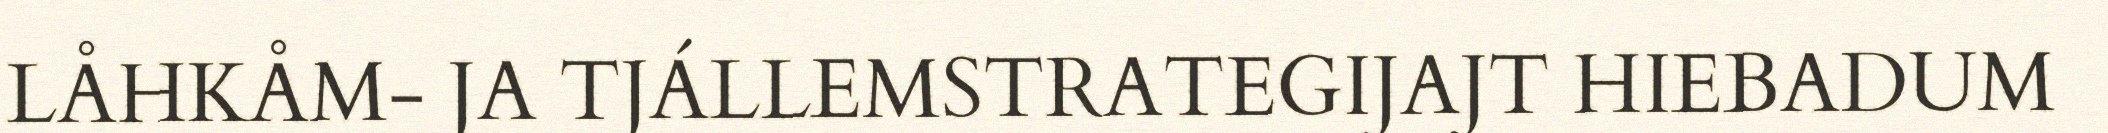
LÅHKÅM- JA TJÁLLEMSTRATEGIJAJT HIEBADUM